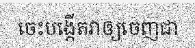
ចេះបង្កើតវាឲ្យចេញជា